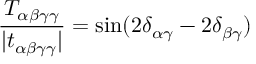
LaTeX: \frac { T _ { \alpha \beta \gamma \gamma } } { | t _ { \alpha \beta \gamma \gamma } | } = \sin ( 2 \delta _ { \alpha \gamma } - 2 \delta _ { \beta \gamma } )